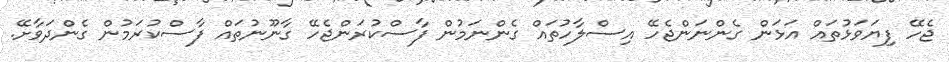
ޖެހޭ ފިޔަވަޅުތައް އަޅަން ގެންނަންޖެހޭ އިސްލާހުތައް ގެންނަމުން ފާސްކުރަންޖެހޭ ގާނޫނުތައް ފާސްކުރަމުން ގެންދަވާށޭ.